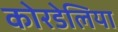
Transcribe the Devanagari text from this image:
कोरडेलिया